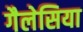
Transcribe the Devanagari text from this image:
गैलेसिया